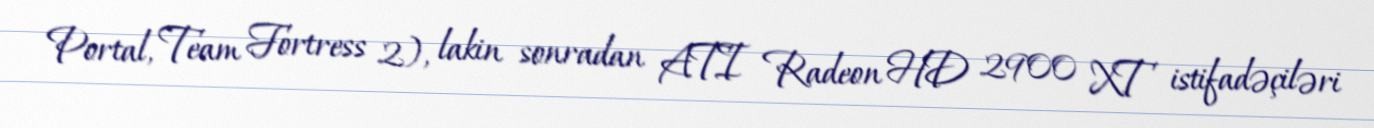
Portal, Team Fortress 2), lakin sonradan ATI Radeon HD 2900 XT istifadəçiləri